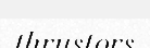
thrustors